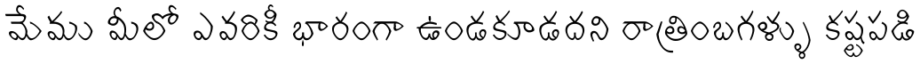
మేము మీలో ఎవరికీ భారంగా ఉండకూడదని రాత్రింబగళ్ళు కష్టపడి